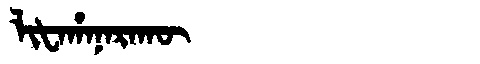
Manchu: ᠯᡳᡶᠠᡥᠠᠨᠠᡵᠠᡴᡡ
Romanization: LIFAHANARAKŪ